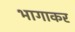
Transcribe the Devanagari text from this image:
भागाकर